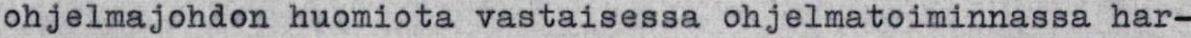
ohjelmajohdon huomiota vastaisessa ohjelmatoiminnassa har-